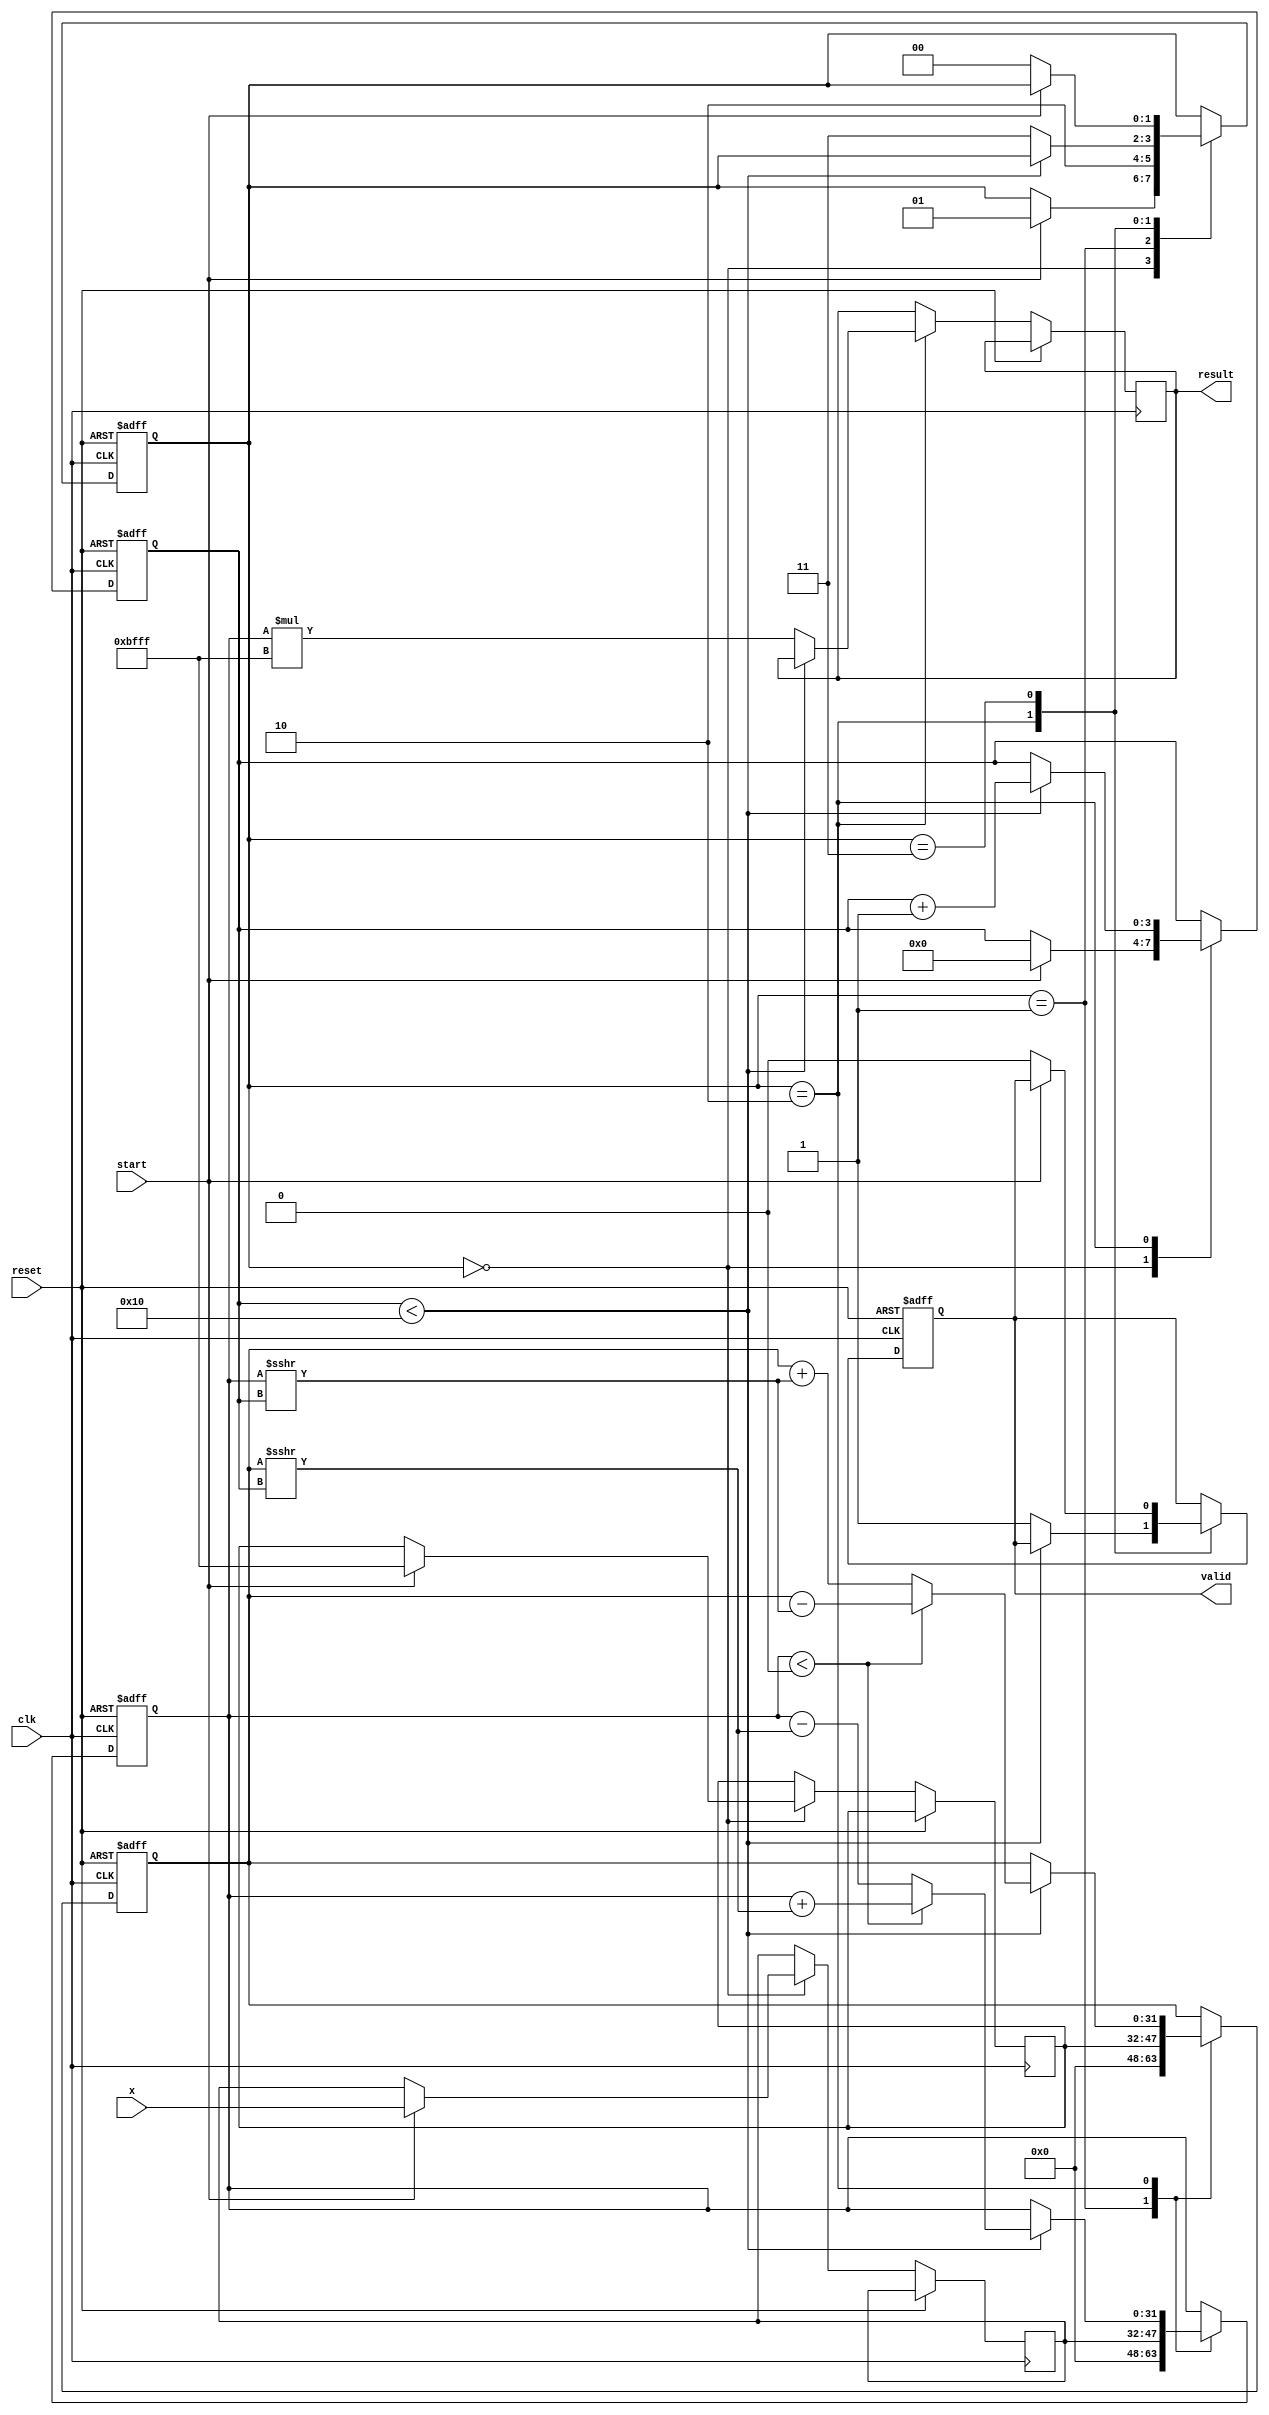
module cordic_exponential (
    input wire clk,
    input wire reset,
    input wire start,
    input wire [15:0] x, // Fixed-point representation of input x
    output reg [31:0] result, // Fixed-point representation of e^x
    output reg valid // Signal to indicate output is ready
);

    parameter NUM_ITERATIONS = 16; // Number of CORDIC iterations
    parameter FIXED_POINT_SCALE = 16'hBFFF; // Scaling factor (precomputed)
    
    // CORDIC angle lookup table (in radians, scaled)
    reg [15:0] angle_lut [0:NUM_ITERATIONS-1];
    initial begin
        // Precomputed angles for CORDIC (scaled)
        angle_lut[0] = 16'h0000; // 0
        angle_lut[1] = 16'h1C71; // atan(1/2^1)
        angle_lut[2] = 16'h1A62; // atan(1/2^2)
        angle_lut[3] = 16'h186A; // atan(1/2^3)
        angle_lut[4] = 16'h1715; // atan(1/2^4)
        angle_lut[5] = 16'h1591; // atan(1/2^5)
        angle_lut[6] = 16'h148A; // atan(1/2^6)
        angle_lut[7] = 16'h1395; // atan(1/2^7)
        angle_lut[8] = 16'h12D8; // atan(1/2^8)
        angle_lut[9] = 16'h1239; // atan(1/2^9)
        angle_lut[10] = 16'h119A; // atan(1/2^10)
        angle_lut[11] = 16'h110B; // atan(1/2^11)
        angle_lut[12] = 16'h1081; // atan(1/2^12)
        angle_lut[13] = 16'h1000; // atan(1/2^13)
        angle_lut[14] = 16'hF800; // atan(1/2^14)
        angle_lut[15] = 16'hF000; // atan(1/2^15)
    end

    reg [15:0] x_reg, y_reg; // Registers for x and y values
    reg [3:0] iteration; // Iteration counter
    reg [31:0] z; // Accumulator for angle
    reg [31:0] x_out, y_out; // Outputs of the CORDIC iterations
    reg [1:0] state; // State machine for control logic

    // State definitions
    localparam IDLE = 2'b00;
    localparam INIT = 2'b01;
    localparam ITERATE = 2'b10;
    localparam DONE = 2'b11;

    always @(posedge clk or posedge reset) begin
        if (reset) begin
            state <= IDLE;
            valid <= 0;
            iteration <= 0;
            x_out <= 0;
            y_out <= 0;
            z <= 0;
        end else begin
            case (state)
                IDLE: begin
                    if (start) begin
                        x_reg <= x;
                        y_reg <= FIXED_POINT_SCALE; // Initial y = 1 (scaled)
                        z <= 0; // Initial angle
                        iteration <= 0;
                        state <= INIT;
                    end
                end

                INIT: begin
                    // Initialize values for the first iteration
                    x_out <= x_reg;
                    y_out <= y_reg;
                    z <= 0;
                    state <= ITERATE;
                end

                ITERATE: begin
                    if (iteration < NUM_ITERATIONS) begin
                        // CORDIC rotation
                        if (x_out < 0) begin
                            // Perform rotation in the negative direction
                            x_out <= x_out + (y_out >>> iteration);
                            y_out <= y_out - (x_out >>> iteration);
                            z <= z - angle_lut[iteration]; // Update angle
                        end else begin
                            // Perform rotation in the positive direction
                            x_out <= x_out - (y_out >>> iteration);
                            y_out <= y_out + (x_out >>> iteration);
                            z <= z + angle_lut[iteration]; // Update angle
                        end
                        iteration <= iteration + 1;
                    end else begin
                        // Final scaling
                        result <= x_out * FIXED_POINT_SCALE; // Scale the result
                        valid <= 1; // Indicate result is valid
                        state <= DONE;
                    end
                end

                DONE: begin
                    if (!start) begin
                        valid <= 0; // Reset valid signal
                        state <= IDLE; // Go back to idle
                    end
                end
            endcase
        end
    end

endmodule